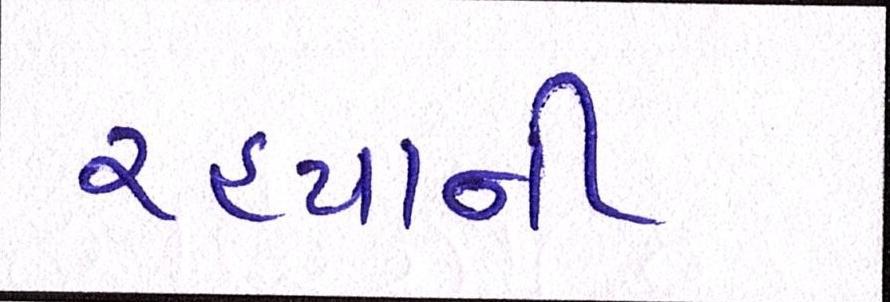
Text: રહ્યાની